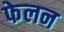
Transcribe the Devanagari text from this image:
फेलन